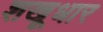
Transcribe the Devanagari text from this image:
शखूधार